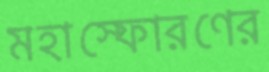
মহাস্ফোরণের